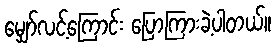
မျှော်လင့်ကြောင်း ပြောကြားခဲ့ပါတယ်။